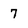
Character: 7